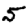
Digit: 5